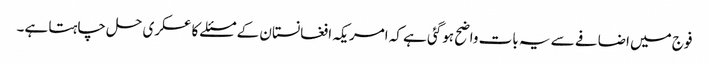
فوج میں اضافے سے یہ بات واضح ہوگئی ہے کہ امریکہ افغانستان کے مسئلے کا عسکری حل چاہتا ہے۔